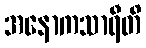
အနောကသာရီတိ